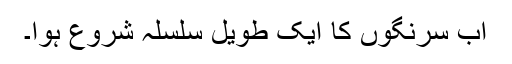
اب سرنگوں کا ایک طویل سلسلہ شروع ہوا۔